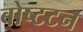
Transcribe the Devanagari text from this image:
बोष्टटन